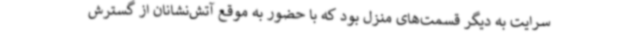
سرایت به دیگر قسمت‌های منزل بود که با حضور به موقع آتش‌نشانان از گسترش